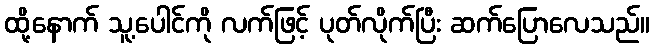
ထို့နောက် သူ့ပေါင်ကို လက်ဖြင့် ပုတ်လိုက်ပြီး ဆက်ပြောလေသည်။